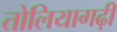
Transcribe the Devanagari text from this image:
तोलियागढ़ी